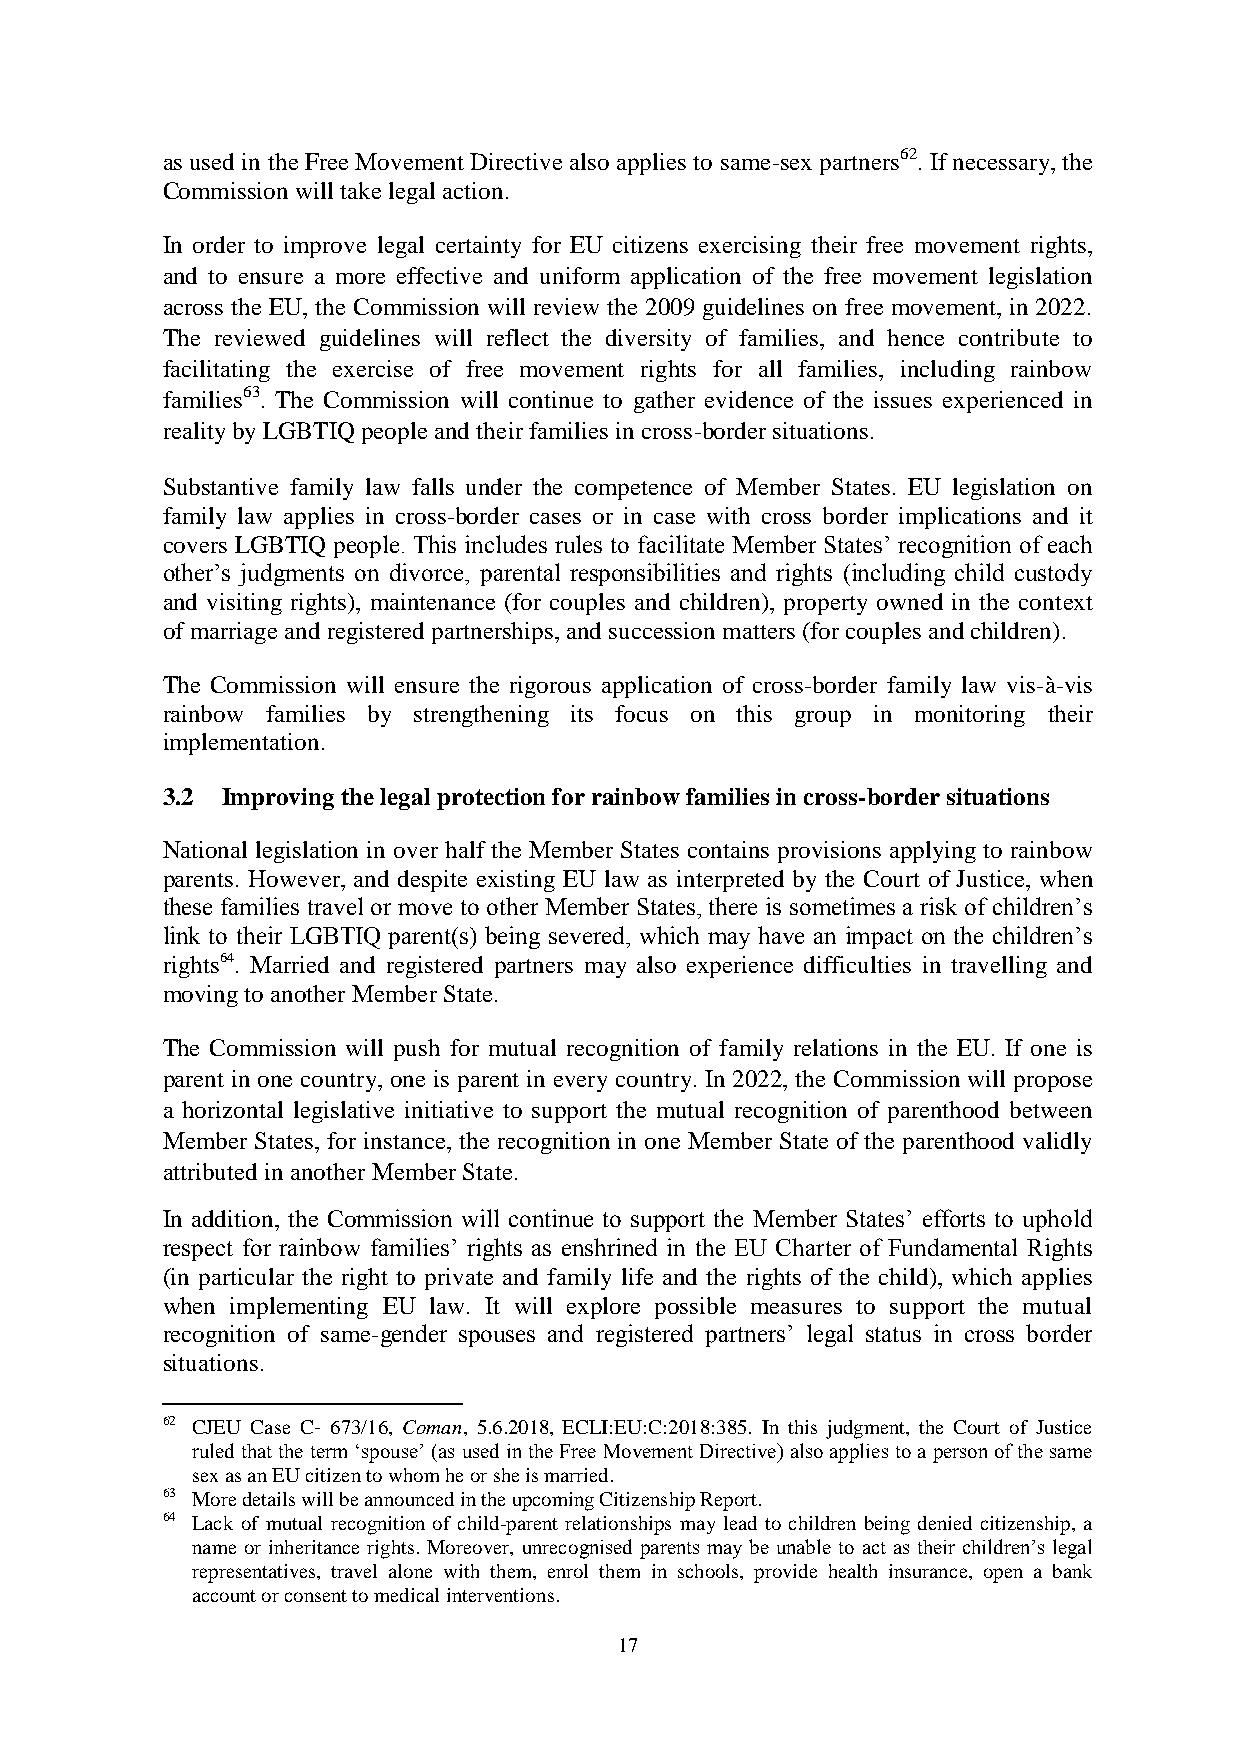
as used in the Free Movement Directive also applies to same-sex partners62. If necessary, the
 Commission will take legal action.
 In order to improve legal certainty for EU citizens exercising their free movement rights,
 and to ensure a more effective and uniform application of the free movement legislation
 across the EU, the Commission will review the 2009 guidelines on free movement, in 2022.
 The reviewed guidelines will reflect the diversity of families, and hence contribute to
 facilitating the exercise of free movement rights for all families, including rainbow
 families63. The Commission will continue to gather evidence of the issues experienced in
 reality by LGBTIQ people and their families in cross-border situations.
 Substantive family law falls under the competence of Member States. EU legislation on
 family law applies in cross-border cases or in case with cross border implications and it
 covers LGBTIQ people. This includes rules to facilitate Member States’ recognition of each
 other’s judgments on divorce, parental responsibilities and rights (including child custody
 and visiting rights), maintenance (for couples and children), property owned in the context
 of marriage and registered partnerships, and succession matters (for couples and children).
 The Commission will ensure the rigorous application of cross-border family law vis-à-vis
 rainbow families by strengthening its focus on this group in monitoring their
 implementation.
 3.2 Improving the legal protection for rainbow families in cross-border situations
 National legislation in over half the Member States contains provisions applying to rainbow
 parents. However, and despite existing EU law as interpreted by the Court of Justice, when
 these families travel or move to other Member States, there is sometimes a risk of children’s
 link to their LGBTIQ parent(s) being severed, which may have an impact on the children’s
 rights64. Married and registered partners may also experience difficulties in travelling and
 moving to another Member State.
 The Commission will push for mutual recognition of family relations in the EU. If one is
 parent in one country, one is parent in every country. In 2022, the Commission will propose
 a horizontal legislative initiative to support the mutual recognition of parenthood between
 Member States, for instance, the recognition in one Member State of the parenthood validly
 attributed in another Member State.
 In addition, the Commission will continue to support the Member States’ efforts to uphold
 respect for rainbow families’ rights as enshrined in the EU Charter of Fundamental Rights
 (in particular the right to private and family life and the rights of the child), which applies
 when implementing EU law. It will explore possible measures to support the mutual
 recognition of same-gender spouses and registered partners’ legal status in cross border
 situations.
 62 CJEU Case C‑ 673/16, Coman, 5.6.2018, ECLI:EU:C:2018:385. In this judgment, the Court of Justice
 ruled that the term ‘spouse’ (as used in the Free Movement Directive) also applies to a person of the same
 sex as an EU citizen to whom he or she is married.
 63 More details will be announced in the upcoming Citizenship Report.
 64 Lack of mutual recognition of child-parent relationships may lead to children being denied citizenship, a
 name or inheritance rights. Moreover, unrecognised parents may be unable to act as their children’s legal
 representatives, travel alone with them, enrol them in schools, provide health insurance, open a bank
 account or consent to medical interventions.
 17